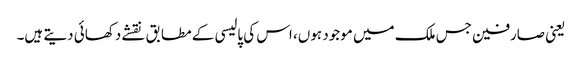
یعنی صارفین جس ملک میں موجود ہوں، اس کی پالیسی کے مطابق نقشے دکھائی دیتے ہیں۔